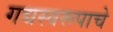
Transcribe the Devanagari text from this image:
गद्यस्वरूपाचे